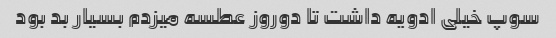
سوپ خیلی ادویه داشت تا دوروز عطسه میزدم بسیار بد بود